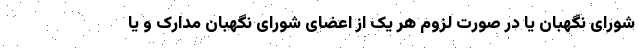
شورای نگهبان یا در صورت لزوم هر یک از اعضای شورای نگهبان مدارک و یا